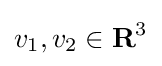
v_{1},v_{2}\in \mathbf {R} ^{3}